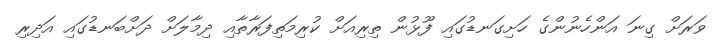
ވަރަށް ގިނަ އަންހެނުންގެ ހަށިގަނޑުގައި ފޫޅުން ތިރިއަށް ކުރިމަތިފަރާތާއި ދިމާލަށް ދަށްބަނޑުގައި އަދިރި